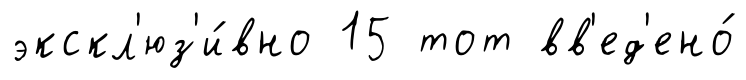
экскл'юз'и́вно 15 тот вв'ед'ено́